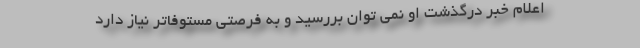
اعلام خبر درگذشت او نمی توان بررسید و به فرصتی مستوفاتر نیاز دارد